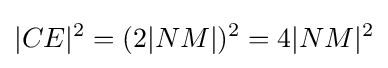
|CE|^{2}=(2|NM|)^{2}=4|NM|^{2}